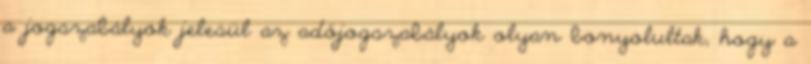
a jogszabályok jelesül az adójogszabályok olyan bonyolultak, hogy a